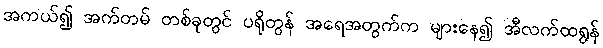
အကယ်၍ အက်တမ် တစ်ခုတွင် ပရိုတွန် အရေအတွက်က များနေ၍ အီလက်ထရွန်